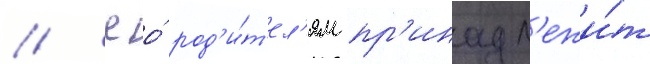
// Ео́ род'и́т'ел'ям пр'инадл'ежи́т